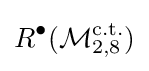
R^{\bullet }({\mathcal {M}}_{2,8}^{\text{c.t.}})